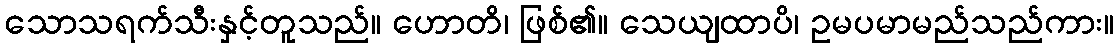
သောသရက်သီးနှင့်တူသည်။ ဟောတိ၊ ဖြစ်၏။ သေယျထာပိ၊ ဥမပမာမည်သည်ကား။